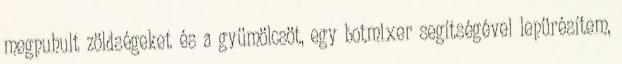
megpuhult zöldségeket és a gyümölcsöt, egy botmixer segítségével lepürésítem,